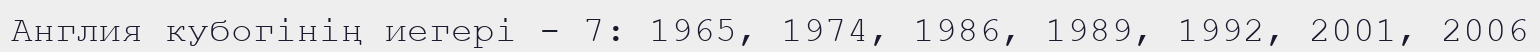
Англия кубогінің иегері - 7: 1965, 1974, 1986, 1989, 1992, 2001, 2006